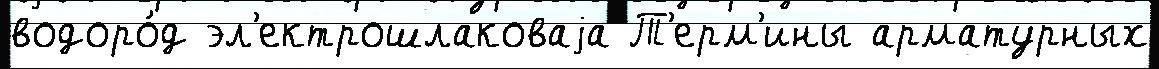
водоро́д эл'ектрошлаковаjа Т'ерм'ины арматурных